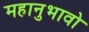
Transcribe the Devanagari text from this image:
महानुभावो